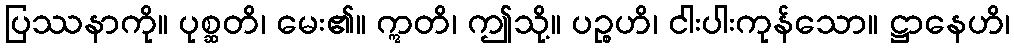
ပြဿနာကို။ ပုစ္ဆတိ၊ မေး၏။ ဣတိ၊ ဤသို့။ ပဉ္စဟိ၊ ငါးပါးကုန်သော။ ဋ္ဌာနေဟိ၊